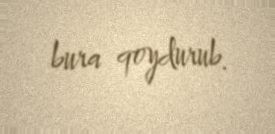
bura qoydurub.